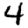
Digit: 4